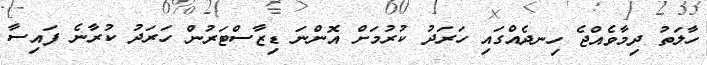
ހާލަތު ދިމާވެއްޖެ ހިނދެއްގައި ހަރަދު ކުރުމަށް އޮންނަ ޑިޒާސްޓަރުން ހަރަދު ކުރާނެ ފައިސާ